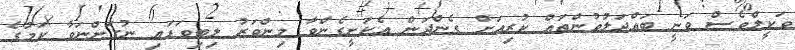
ވަކީލްވެސް ވަނީ ބައްދަލުވުންތައް ކުރިއަށް ގެންދަން އެކަށީގެންވާ މިންވަރު ލިބިވަޑައި ނުގަންނަވާ ކަމުގެ